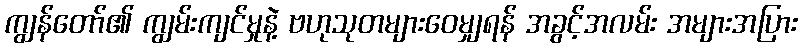
ကျွန်တော်၏ ကျွမ်းကျင်မှုနဲ့ ဗဟုသုတများဝေမျှရန် အခွင့်အလမ်း အများအပြား